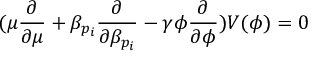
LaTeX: ( \mu \frac { \partial } { \partial \mu } + \beta _ { p _ { i } } \frac { \partial } { \partial \beta _ { p _ { i } } } - \gamma \phi \frac { \partial } { \partial \phi } ) V ( \phi ) = 0